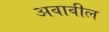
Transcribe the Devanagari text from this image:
अवावील